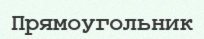
Прямоугольник